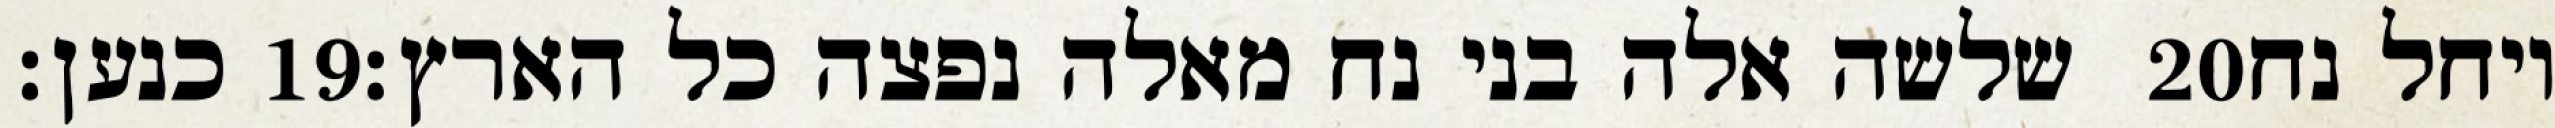
כנען׃ ‎19‏ שלשה אלה בני נח מאלה נפצה כל הארץ׃ ‎20‏ ויחל נח